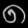
Digit: ၈